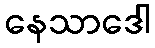
နေသာဒေါ